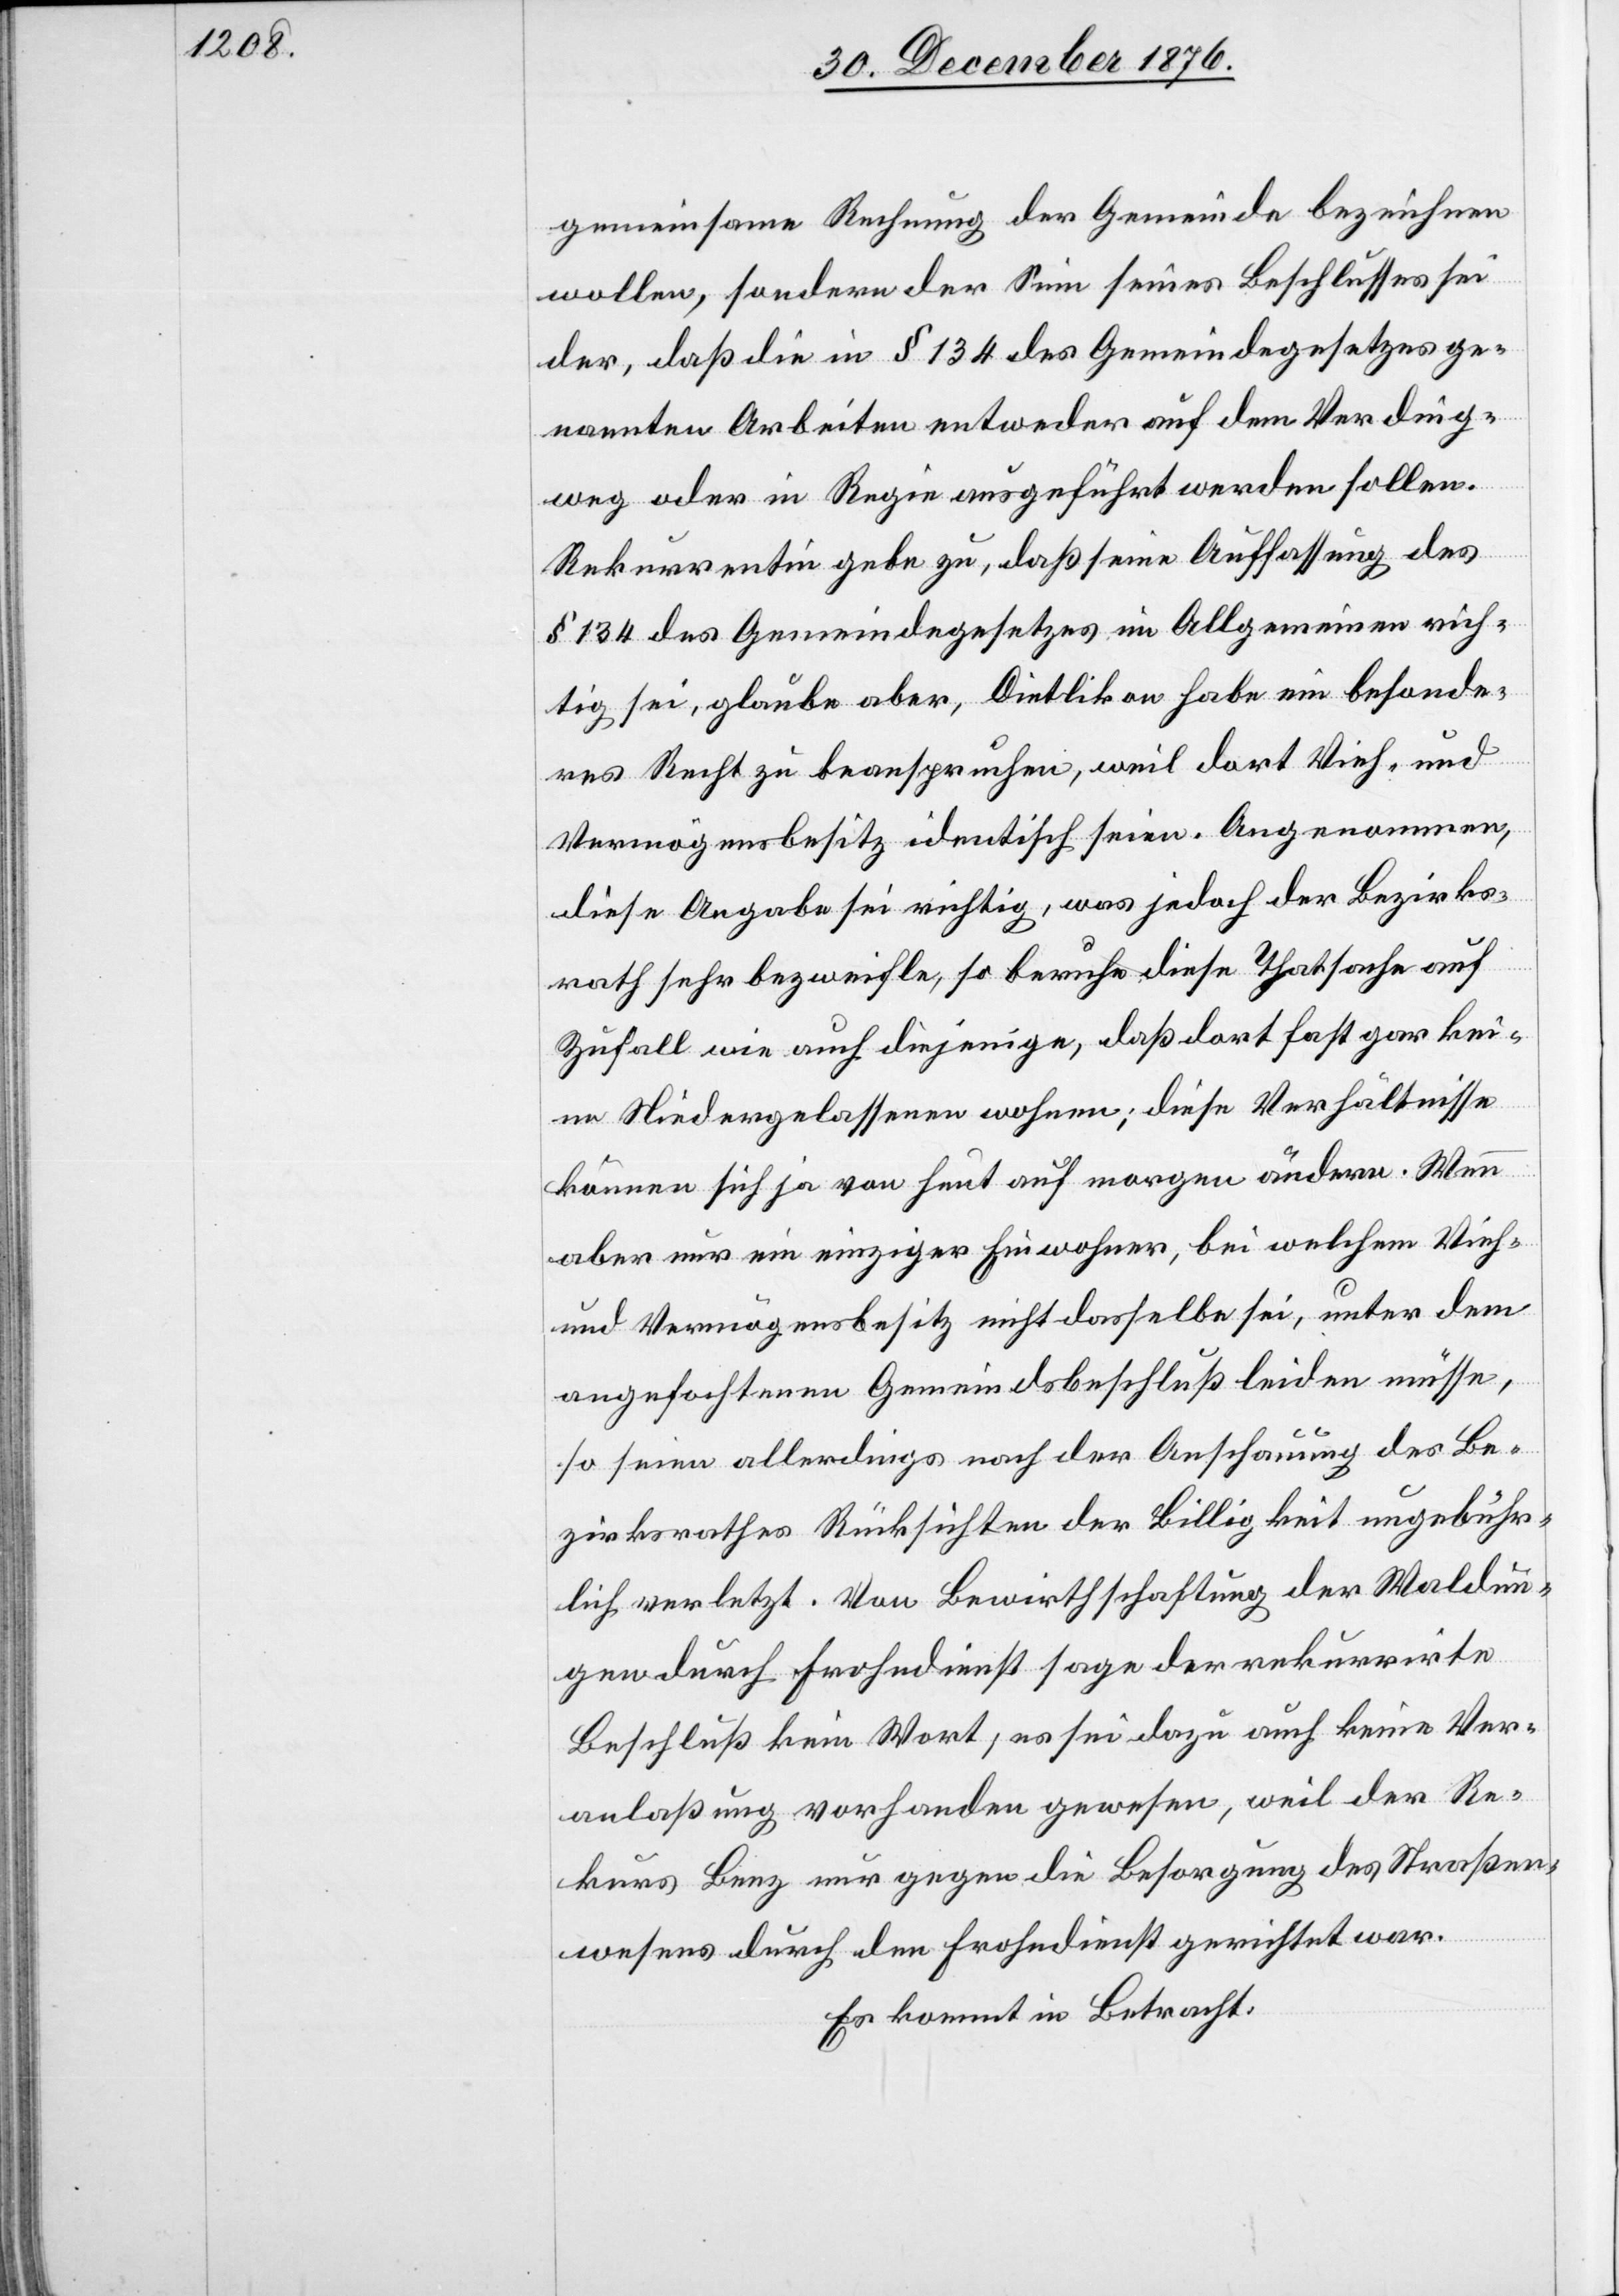
gemeinsame Rechnung der Gemeinde beziehen
wollen, sondern der Sinn seines Beschlusses sei
der, daß die in § 134 des Gemeindegesetzes ge¬
nannten Arbeiten entweder auf dem Verding¬
weg oder in Regie ausgeführt werden sollen.
Rekurrentin gebe zu, daß seine Auffassung des
§ 134 des Gemeindegesetzes im Allgemeinen rich¬
tig sei, glaube aber, Dietlikon habe ein besonde¬
res Recht zu beanspruchen, weil dort Vieh- und
Vermögensbesitz identisch seien. Angenommen,
diese Angabe sei richtig, was jedoch der Bezirks¬
rath sehr bezweifle, so beruhe diese Thatsache auf
Zufall wie auch diejenige, daß dort fast gar ke¬
ine Niedergelassenen wohnen; diese Verhältnisse
können sich ja von heut auf morgen ändern. Wenn
aber nur ein einziger Einwohner, bei welchem Vieh-
und Vermögensbesitz nicht dasselbe sei, unter dem
angefochtenen Gemeindsbeschluß leiden müsse,
so seien allerdings nach der Anschauung des Be¬
zirksrathes Rücksichten der Billigkeit ungebühr¬
lich verletzt. Von Bewirthschaftung der Waldun¬
gen durch Frohndienst sage der rekurrirte
Beschluß kein Wort; es sei dazu auch keine Ver¬
anlaßung vorhanden gewesen, weil der Re¬
kurs Benz nur gegen die Besorgung des Straßen¬
wesens durch den Frohndienst gerichtet war.
Es kommt in Betracht: